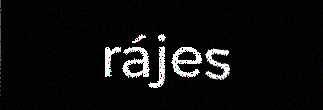
rájes